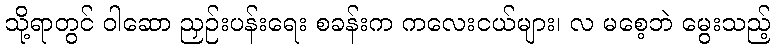
သို့ရာတွင် ဝါဆော ညှဉ်းပန်းရေး စခန်းက ကလေးငယ်များ၊ လ မစေ့ဘဲ မွေးသည့်